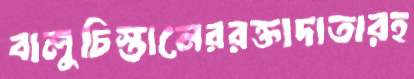
বালুচিস্তানেররক্তাদাতারহ